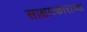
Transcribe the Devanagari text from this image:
साक्षात्काराच्या